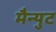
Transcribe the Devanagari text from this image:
मैन्युट